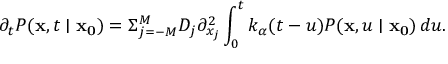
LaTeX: \partial _ { t } P ( \mathbf { x } , t \mid \mathbf { x _ { 0 } } ) = \Sigma _ { j = - M } ^ { M } D _ { j } \partial _ { x _ { j } } ^ { 2 } \int _ { 0 } ^ { t } k _ { \alpha } ( t - u ) P ( \mathbf { x } , u \mid \mathbf { x _ { 0 } } ) \, d u .